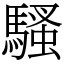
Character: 騷